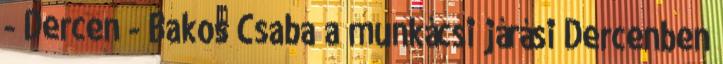
- Dercen - Bakos Csaba a munkácsi járási Dercenben